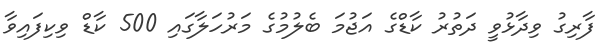
ފާރިގު ވިދާޅުވީ ދަތުރު ކާޑްގެ އަޖުމަ ބެލުމުގެ މަރުހަލާގައި 500 ކާޑް ވިކިފައިވާ